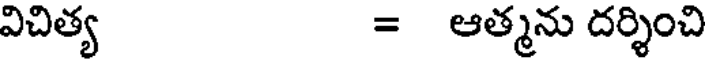
విచిత్య = ఆత్మను దర్శించి